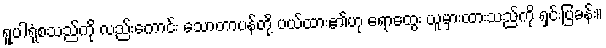
ရူပါရုံစသည်ကို လည်းကောင်း သောတာပန်တို့ ပယ်ထား၏ဟု ရောထွေး ယူမှားထားသည်ကို ရှင်းပြခန်း။